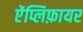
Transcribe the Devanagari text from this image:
ऐंप्लिफ़ायर